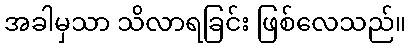
အခါမှသာ သိလာရခြင်း ဖြစ်လေသည်။